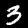
Label: 3